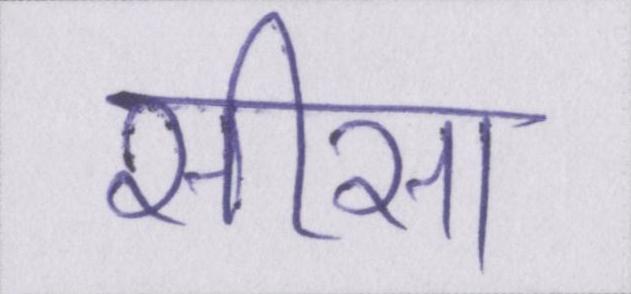
सीसा